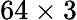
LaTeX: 64\times 3